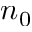
n _ { 0 }